画像に写った文字を読んでください
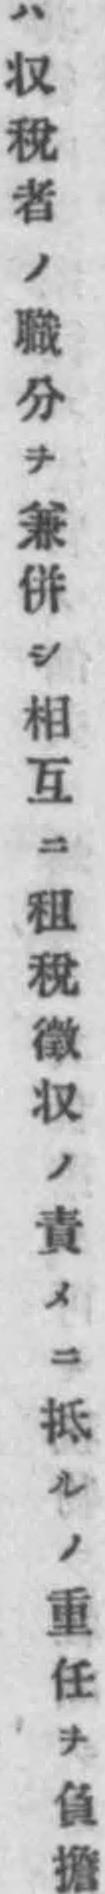
「ハ𠬧稅者ノ職分ヲ兼併シ相互ニ租稅徵𠬧ノ責メニ抵ルノ重任ヲ負擔」と書いてあります